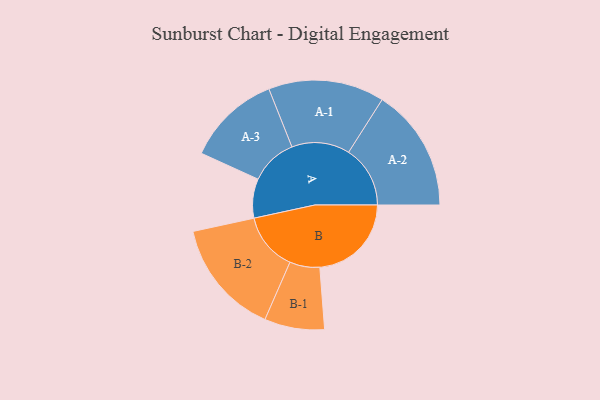
{"axis": {"x": "Segment", "y": "Value"}, "legend": ["", "A", "B"], "data": [{"x": "A", "y": 153, "type": ""}, {"x": "B", "y": 357, "type": ""}, {"x": "A-1", "y": 226, "type": "A"}, {"x": "A-2", "y": 240, "type": "A"}, {"x": "A-3", "y": 183, "type": "A"}, {"x": "B-1", "y": 117, "type": "B"}, {"x": "B-2", "y": 226, "type": "B"}]}